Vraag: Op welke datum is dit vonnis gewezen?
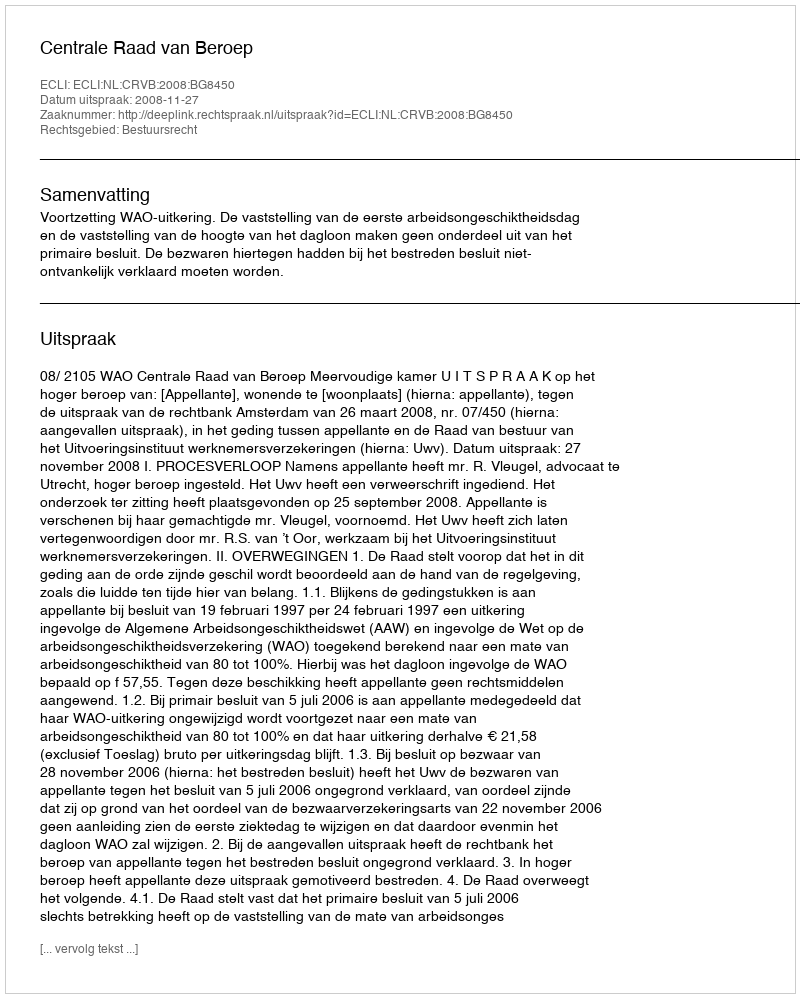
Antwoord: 2008-11-27